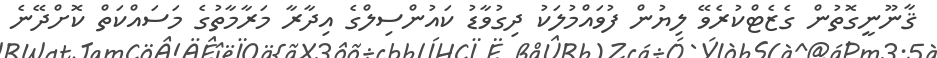
ޤާނޫނީގޮތުން ގެޒެޓްކުރެވޭ ލިޔުން ފުވައްމުލަކު ދިގުވާޑު ކައުންސިލްގެ އިދާރާ މަރާމާތުގެ މަސައްކަތް ކޮށްދޭނެ